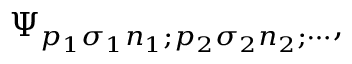
\Psi _ { p _ { 1 } \sigma _ { 1 } n _ { 1 } ; p _ { 2 } \sigma _ { 2 } n _ { 2 } ; \cdots } ,